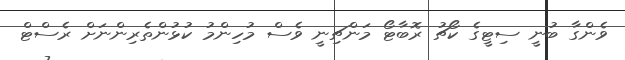
ވެންގާ ބުނީ ސިޓީގެ ކޯޗު ރޮބާޓޯ މަންޗިނީ ވެސް މުހިންމު ކުޅުންތެރިންނަށް ރެސްޓް